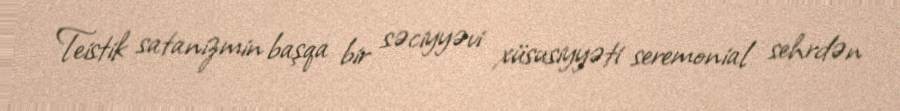
Teistik satanizmin başqa bir səciyyəvi xüsusiyyəti seremonial sehrdən